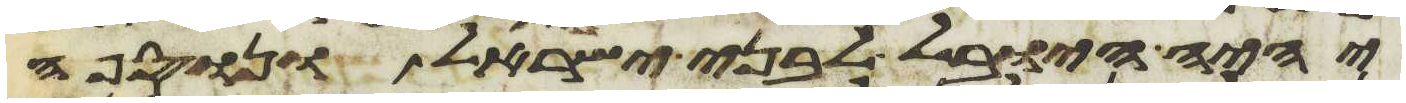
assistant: יהיה היובל לבני ישראל ונוספה